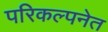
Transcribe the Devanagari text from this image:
परिकल्पनेत